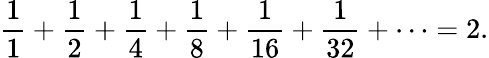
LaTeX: {\frac{1}{1}}+{\frac{1}{2}}+{\frac{1}{4}}+{\frac{1}{8}}+{\frac{1}{16}}+{\frac{1}{32}}+\cdots=2.